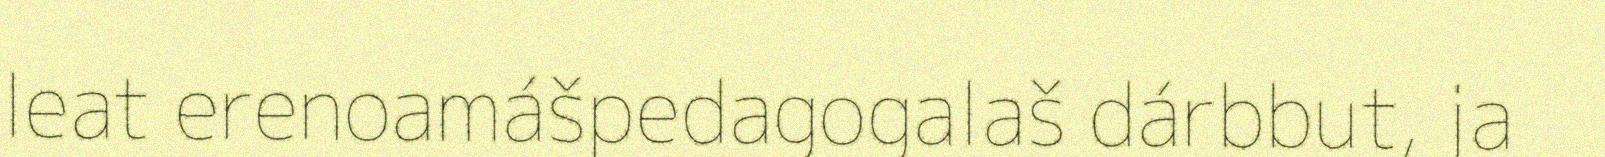
leat erenoamášpedagogalaš dárbbut, ja